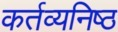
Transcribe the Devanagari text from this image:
कर्तव्‍यनिष्‍ठ